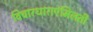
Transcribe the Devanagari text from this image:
विचारधाराएंमिलती